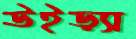
উইড়্যা